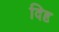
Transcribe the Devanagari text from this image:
दिदृ